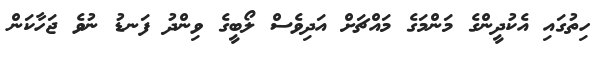
ހިތުގައި އެކުދީންގެ މަންމަގެ މައްޗަށް އަދިވެސް ލޯބީގެ ވިންދު ފަނޑު ނުވެ ޖަހާކަން